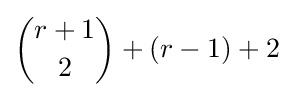
{r+1 \choose 2}+(r-1)+2